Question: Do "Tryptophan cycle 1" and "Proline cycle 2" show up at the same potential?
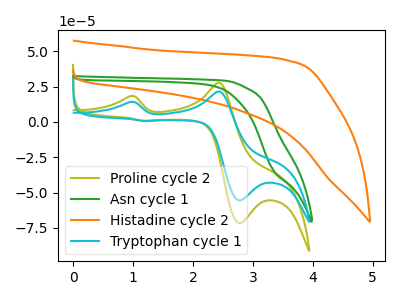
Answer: <think>The olive curve "Proline cycle 2" has anodic peaks at (0.95V, 18.25uA) (2.40V, 27.70uA) and cathodic peaks at (2.80V, -71.55uA) (1.20V, 0.80uA). The green curve "Asn cycle 1" has no peaks. The orange curve "Histadine cycle 2" has no peaks. The cyan curve "Tryptophan cycle 1" has anodic peaks at (0.95V, 14.15uA) (2.40V, 21.50uA) and cathodic peaks at (2.80V, -55.45uA) (1.20V, 0.65uA).
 All the peaks in "Tryptophan cycle 1" have a peak in "Proline cycle 2" at the same potential.</think>
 <answer>"Tryptophan cycle 1" and "Proline cycle 2" are similar in shape.</answer>
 <eval>same_shape</eval>